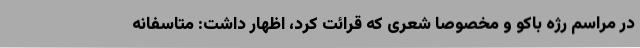
در مراسم رژه باکو و مخصوصا شعری که قرائت کرد، اظهار داشت: متاسفانه